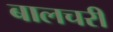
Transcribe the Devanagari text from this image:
बालचरी